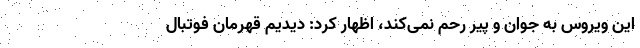
این ویروس به جوان و پیر رحم نمی‌کند، اظهار کرد: دیدیم قهرمان فوتبال